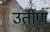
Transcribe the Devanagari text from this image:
उर्तीण